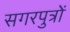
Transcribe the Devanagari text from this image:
सगरपुत्रों